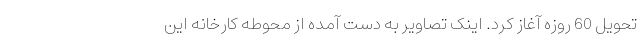
تحویل 60 روزه آغاز کرد. اینک تصاویر به دست آمده از محوطه کارخانه این